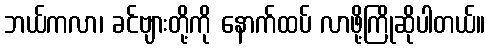
ဘယ်ကလာ၊ ခင်ဗျားတို့ကို နောက်ထပ် လာဖို့ကြိုဆိုပါတယ်။